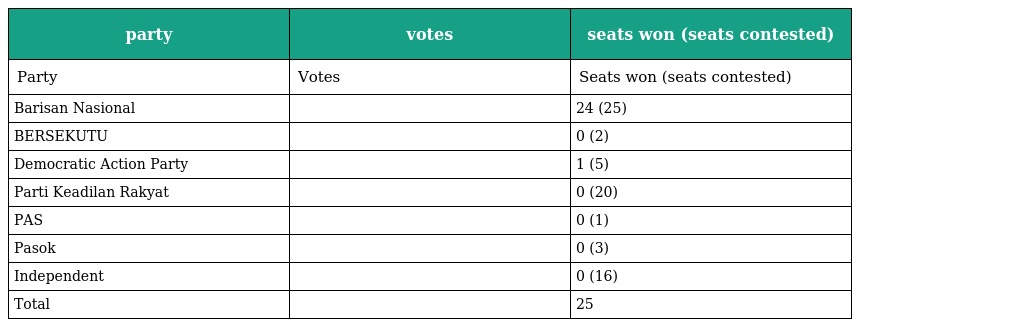
| party | votes | seats won (seats contested) |
 | --- | --- | --- |
 | Party | Votes | Seats won (seats contested) |
 | Barisan Nasional |  | 24 (25) |
 | BERSEKUTU |  | 0 (2) |
 | Democratic Action Party |  | 1 (5) |
 | Parti Keadilan Rakyat |  | 0 (20) |
 | PAS |  | 0 (1) |
 | Pasok |  | 0 (3) |
 | Independent |  | 0 (16) |
 | Total |  | 25 |